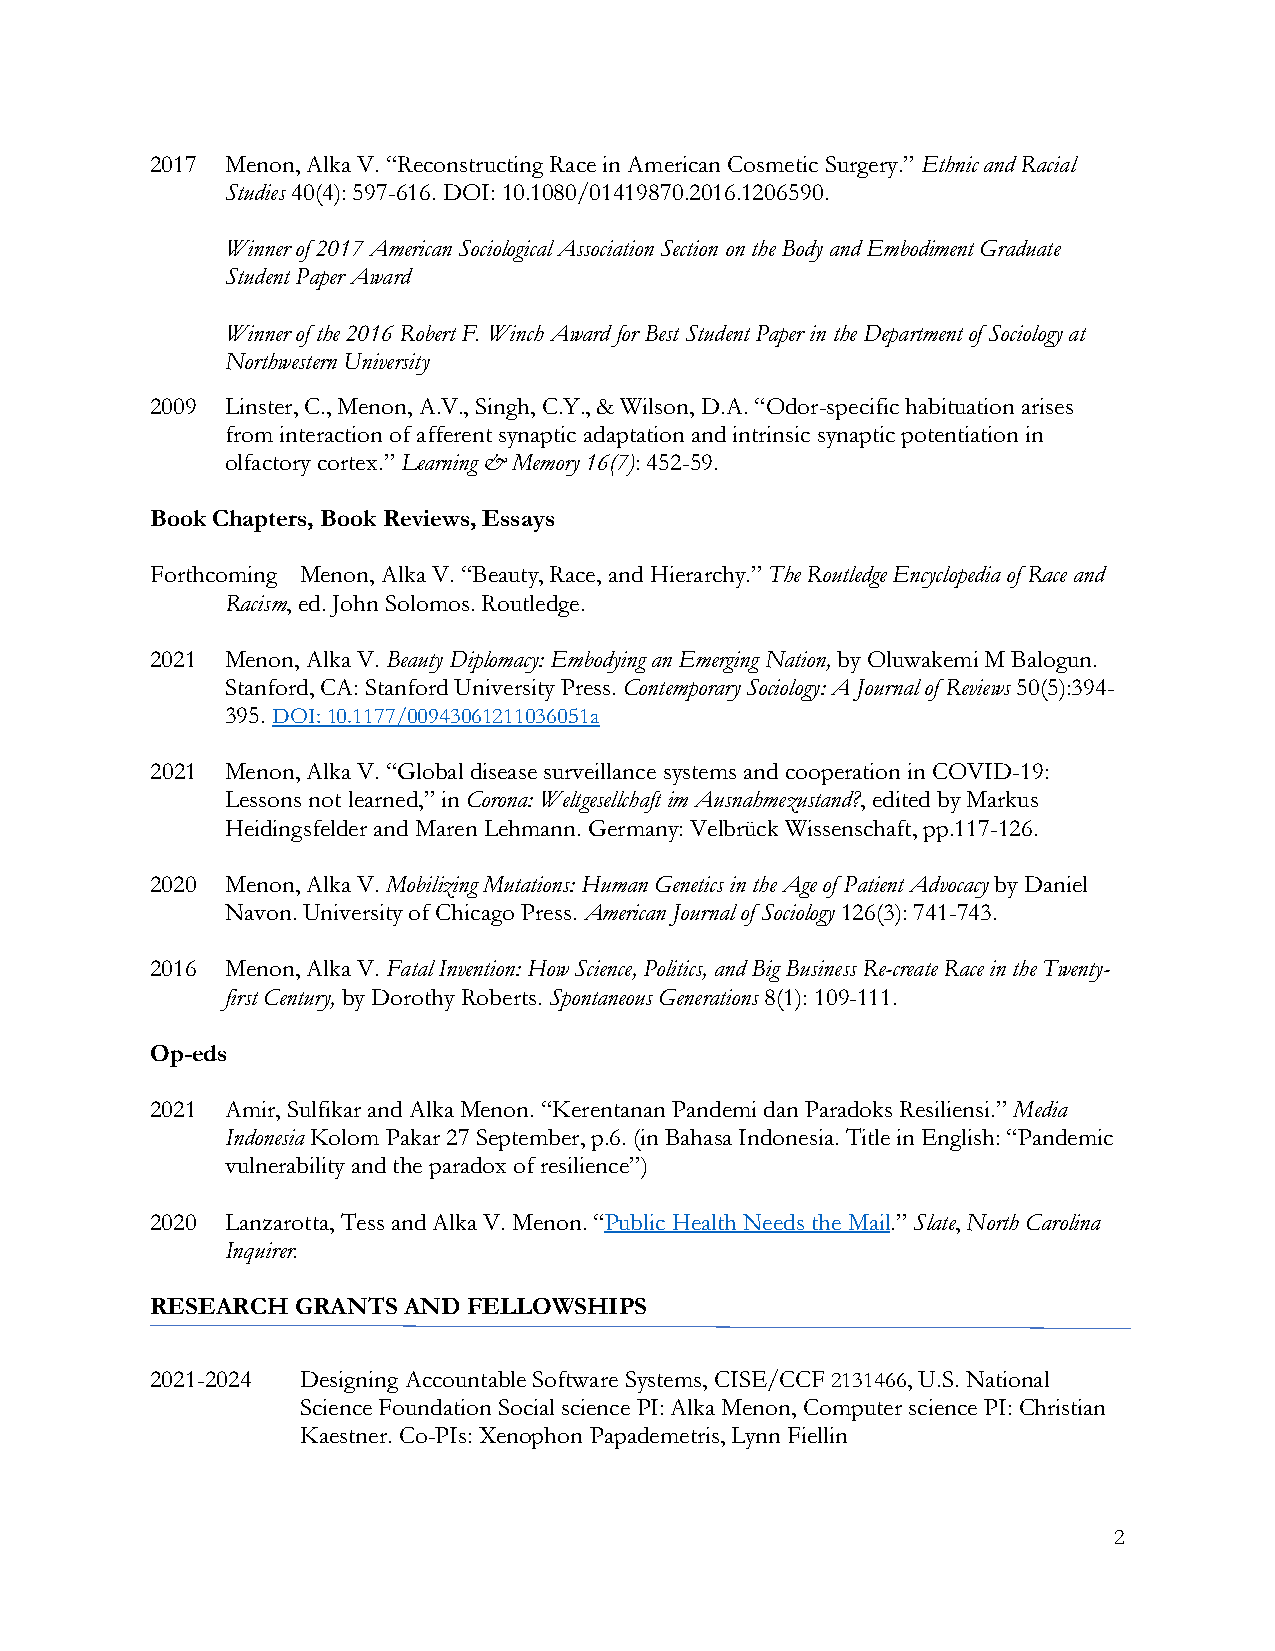
2017 Menon, Alka V. “Reconstructing Race in American Cosmetic Surgery.” Ethnic and Racial
 Studies 40(4): 597-616. DOI: 10.1080/01419870.2016.1206590.
 Winner of 2017 American Sociological Association Section on the Body and Embodiment Graduate
 Student Paper Award
 Winner of the 2016 Robert F. Winch Award for Best Student Paper in the Department of Sociology at
 Northwestern University
 2009 Linster, C., Menon, A.V., Singh, C.Y., & Wilson, D.A. “Odor-specific habituation arises
 from interaction of afferent synaptic adaptation and intrinsic synaptic potentiation in
 olfactory cortex.” Learning & Memory 16(7): 452-59.
 Book Chapters, Book Reviews, Essays
 Forthcoming Menon, Alka V. “Beauty, Race, and Hierarchy.” The Routledge Encyclopedia of Race and
 Racism, ed. John Solomos. Routledge.
 2021 Menon, Alka V. Beauty Diplomacy: Embodying an Emerging Nation, by Oluwakemi M Balogun.
 Stanford, CA: Stanford University Press. Contemporary Sociology: A Journal of Reviews 50(5):394-
 395. DOI: 10.1177/00943061211036051a
 2021 Menon, Alka V. “Global disease surveillance systems and cooperation in COVID-19:
 Lessons not learned,” in Corona: Weltgesellchaft im Ausnahmezustand?, edited by Markus
 Heidingsfelder and Maren Lehmann. Germany: Velbrück Wissenschaft, pp.117-126.
 2020 Menon, Alka V. Mobilizing Mutations: Human Genetics in the Age of Patient Advocacy by Daniel
 Navon. University of Chicago Press. American Journal of Sociology 126(3): 741-743.
 2016 Menon, Alka V. Fatal Invention: How Science, Politics, and Big Business Re-create Race in the Twenty-
 first Century, by Dorothy Roberts. Spontaneous Generations 8(1): 109-111.
 Op-eds
 2021 Amir, Sulfikar and Alka Menon. “Kerentanan Pandemi dan Paradoks Resiliensi.” Media
 Indonesia Kolom Pakar 27 September, p.6. (in Bahasa Indonesia. Title in English: “Pandemic
 vulnerability and the paradox of resilience”)
 2020 Lanzarotta, Tess and Alka V. Menon. “Public Health Needs the Mail.” Slate, North Carolina
 Inquirer.
 RESEARCH GRANTS  AND FELLOWSHIPS
 2021-2024 Designing Accountable Software Systems, CISE/CCF 2131466, U.S. National
 Science Foundation Social science PI: Alka Menon, Computer science PI: Christian
 Kaestner. Co-PIs: Xenophon Papademetris, Lynn Fiellin
 2